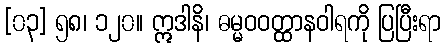
[၀၃] ၅၈၊ ၁၂၀။ ဣဒါနိ၊ ဓမ္မဝဝတ္ထာနဝါရကို ပြပြီးရာ